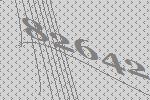
82642